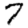
Digit: 7